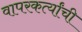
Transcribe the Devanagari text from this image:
वापरकर्त्यांची